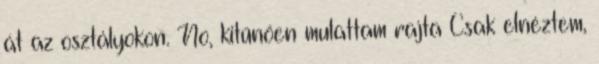
át az osztályokon. No, kitűnően mulattam rajta Csak elnéztem,